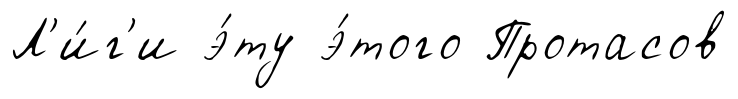
Л'и́г'и э́ту э́того Протасов